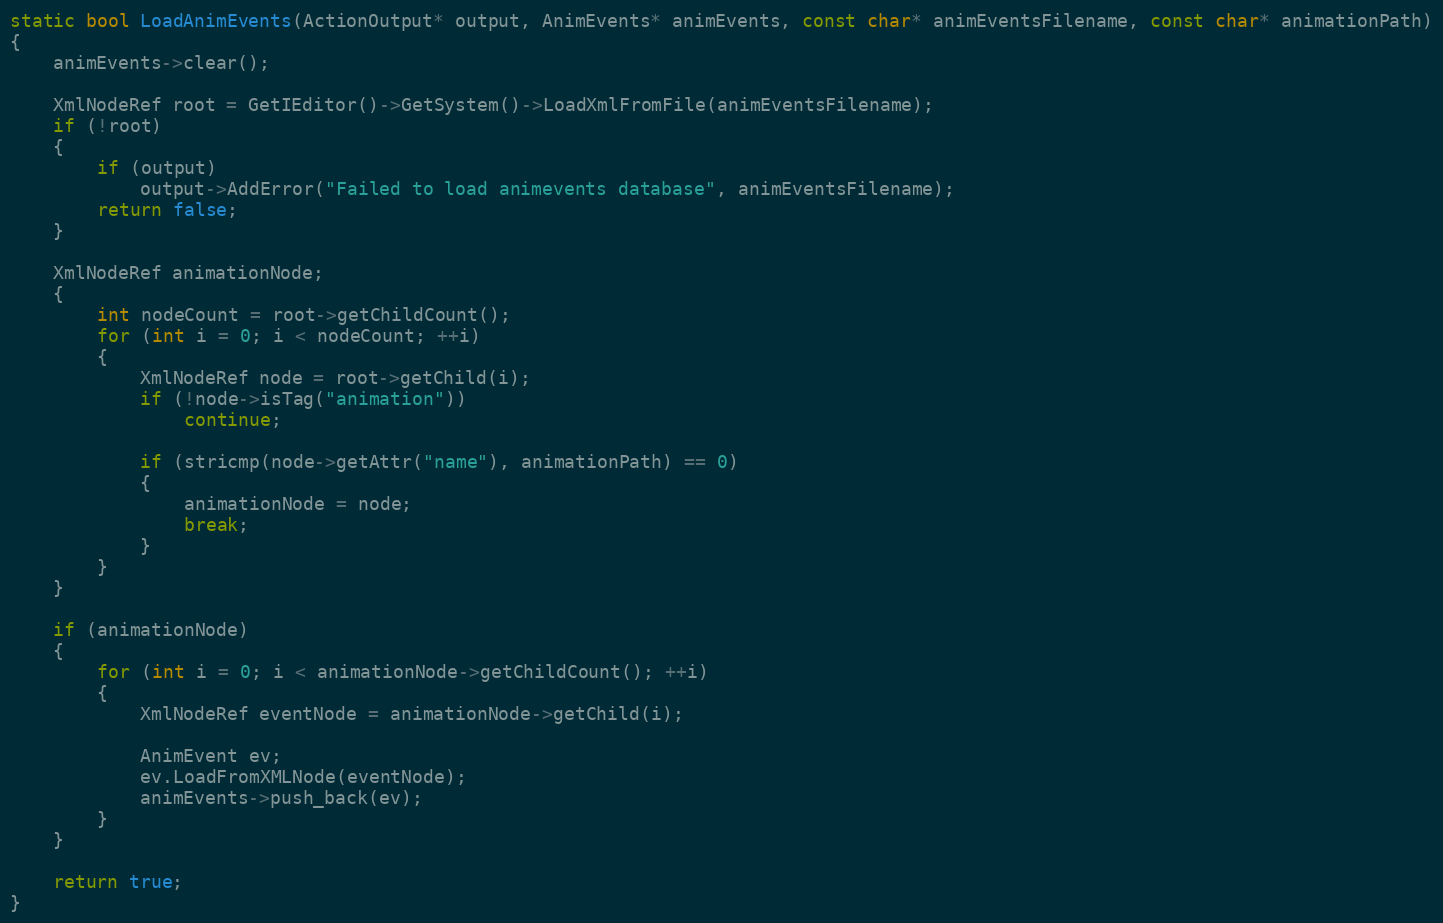
Language: C++
static bool LoadAnimEvents(ActionOutput* output, AnimEvents* animEvents, const char* animEventsFilename, const char* animationPath)
{
	animEvents->clear();

	XmlNodeRef root = GetIEditor()->GetSystem()->LoadXmlFromFile(animEventsFilename);
	if (!root)
	{
		if (output)
			output->AddError("Failed to load animevents database", animEventsFilename);
		return false;
	}

	XmlNodeRef animationNode;
	{
		int nodeCount = root->getChildCount();
		for (int i = 0; i < nodeCount; ++i)
		{
			XmlNodeRef node = root->getChild(i);
			if (!node->isTag("animation"))
				continue;

			if (stricmp(node->getAttr("name"), animationPath) == 0)
			{
				animationNode = node;
				break;
			}
		}
	}

	if (animationNode)
	{
		for (int i = 0; i < animationNode->getChildCount(); ++i)
		{
			XmlNodeRef eventNode = animationNode->getChild(i);

			AnimEvent ev;
			ev.LoadFromXMLNode(eventNode);
			animEvents->push_back(ev);
		}
	}

	return true;
}